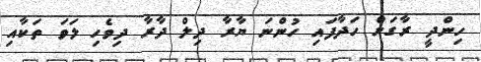
ހިންދީ ރާގަށް ހަދާފައި ހުންނަ ޔާރާ ދިލް ދާރާ ދިވެހި ލަވަ ތަކާއި